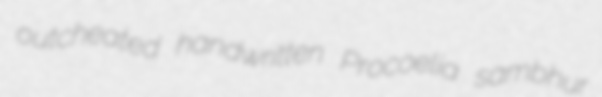
outcheated handwritten Procoelia sambhur